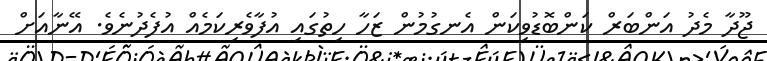
ޖޫދާ މެދު އަންބަރް ކަންބޮޑުވިކަން އެނގުމުން ޒަހާ ހިތުގައި އުފާވެރިކަމެއް އުފެދުނެވެ. އޭނާއަށް